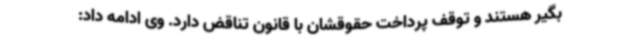
بگیر هستند و توقف پرداخت حقوقشان با قانون تناقض دارد. وی ادامه داد: